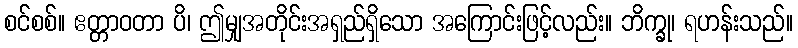
စင်စစ်။ ဧတ္တာဝတာ ပိ၊ ဤမျှအတိုင်းအရှည်ရှိသော အကြောင်းဖြင့်လည်း။ ဘိက္ခု၊ ရဟန်းသည်။